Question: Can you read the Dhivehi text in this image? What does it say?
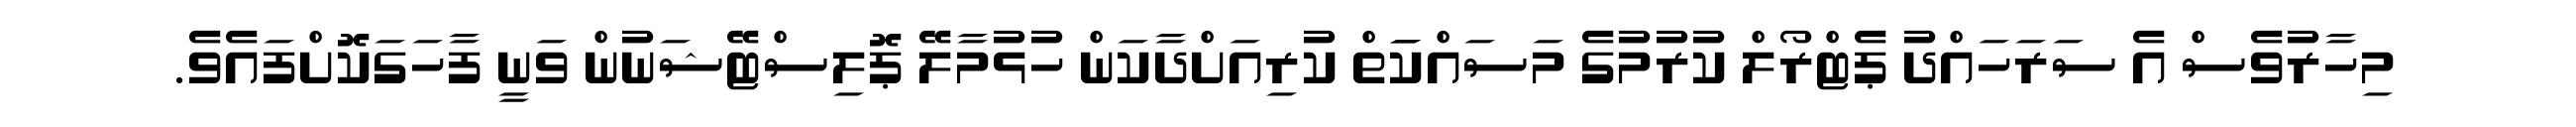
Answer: މިހާރުވެސް އެ ސަރަހައްދު ޕެޓްރޯލް ކުރުމުގެ މަސައްކަަތް ކުރިއަށްދާކަން ހުޅުމާލޭ ޕޮލިސްޓޭޝަނުން ވަނީ ފާހަގަކޮށްފައެވެ.